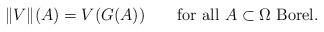
LaTeX: \begin{align*}\|V\|(A)=V(G(A))\qquad\textrm{for all \(A\subset \Omega\) Borel.}\end{align*}